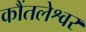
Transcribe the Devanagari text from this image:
कौंतलेश्वर